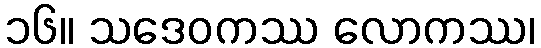
၁၆။ သဒေဝကဿ လောကဿ၊